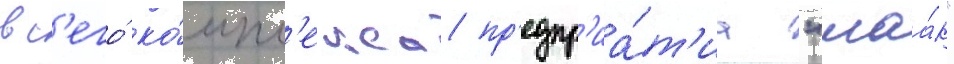
вс'его́ ко́мпл'екса пр'едпр'иа́т'иа "маа́к"